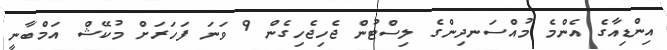
އިންޑިއާގެ އެންމެ މުއްސަނދިންގެ ލިސްޓުން ޖެހިޖެހިގެން 9 ވަނަ ފަހަރަށް މުކޭޝް އަމްބާނީ